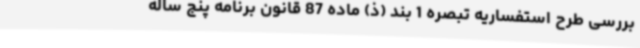
بررسی طرح استفساریه تبصره 1 بند (ذ) ماده 87 قانون برنامه پنج ساله